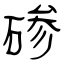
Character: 碜